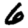
Digit: 6